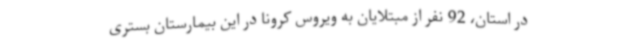
در استان، 92 نفر از مبتلایان به ویروس کرونا در این بیمارستان بستری